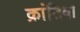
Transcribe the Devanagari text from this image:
क्रांतिबा